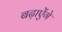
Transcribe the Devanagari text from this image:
बढ़ाऐेंगे